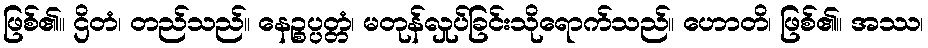
ဖြစ်၏။ ဌိတံ၊ တည်သည်။ နေဉ္စပ္ပတ္တံ၊ မတုန်လှုပ်ခြင်းသိုရောက်သည်။ ဟောတိ၊ ဖြစ်၏။ အဿ၊